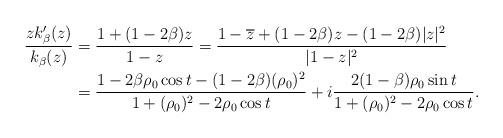
LaTeX: \begin{align*}\dfrac{zk_\beta'(z)}{k_\beta(z)}&=\dfrac{1+(1-2\beta)z}{1-z}=\frac{1-\overline{z}+(1-2\beta)z-(1-2\beta)|z|^2}{|1-z|^2} \\&=\dfrac{1-2\beta {\rho}_0 \cos t- (1-2\beta)({\rho}_0) ^2}{1+({\rho}_0)^2-2{\rho}_0 \cos t} +i \dfrac{2(1-\beta){\rho}_0 \sin t}{1+({\rho}_0)^2-2{\rho}_0 \cos t}.\end{align*}